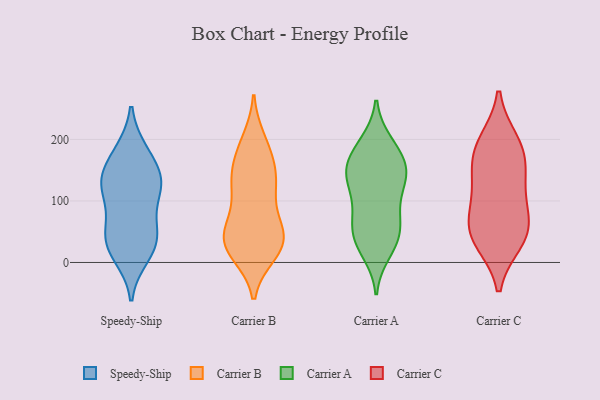
{"axis": {"x": "Energy Usage (MWh)", "y": "Value"}, "legend": ["Carrier A", "Carrier B", "Carrier C", "Speedy-Ship"], "data": [{"x": "", "y": 135, "type": "Speedy-Ship"}, {"x": "", "y": 23, "type": "Speedy-Ship"}, {"x": "", "y": 179, "type": "Speedy-Ship"}, {"x": "", "y": 144, "type": "Speedy-Ship"}, {"x": "", "y": 28, "type": "Speedy-Ship"}, {"x": "", "y": 52, "type": "Speedy-Ship"}, {"x": "", "y": 127, "type": "Speedy-Ship"}, {"x": "", "y": 11, "type": "Speedy-Ship"}, {"x": "", "y": 119, "type": "Speedy-Ship"}, {"x": "", "y": 180, "type": "Speedy-Ship"}, {"x": "", "y": 132, "type": "Speedy-Ship"}, {"x": "", "y": 104, "type": "Speedy-Ship"}, {"x": "", "y": 60, "type": "Speedy-Ship"}, {"x": "", "y": 42, "type": "Speedy-Ship"}, {"x": "", "y": 136, "type": "Carrier B"}, {"x": "", "y": 60, "type": "Carrier B"}, {"x": "", "y": 115, "type": "Carrier B"}, {"x": "", "y": 115, "type": "Carrier B"}, {"x": "", "y": 24, "type": "Carrier B"}, {"x": "", "y": 21, "type": "Carrier B"}, {"x": "", "y": 192, "type": "Carrier B"}, {"x": "", "y": 52, "type": "Carrier B"}, {"x": "", "y": 51, "type": "Carrier B"}, {"x": "", "y": 172, "type": "Carrier B"}, {"x": "", "y": 198, "type": "Carrier B"}, {"x": "", "y": 30, "type": "Carrier B"}, {"x": "", "y": 157, "type": "Carrier B"}, {"x": "", "y": 15, "type": "Carrier B"}, {"x": "", "y": 39, "type": "Carrier B"}, {"x": "", "y": 144, "type": "Carrier B"}, {"x": "", "y": 22, "type": "Carrier B"}, {"x": "", "y": 57, "type": "Carrier B"}, {"x": "", "y": 120, "type": "Carrier B"}, {"x": "", "y": 16, "type": "Carrier A"}, {"x": "", "y": 39, "type": "Carrier A"}, {"x": "", "y": 77, "type": "Carrier A"}, {"x": "", "y": 56, "type": "Carrier A"}, {"x": "", "y": 195, "type": "Carrier A"}, {"x": "", "y": 195, "type": "Carrier A"}, {"x": "", "y": 158, "type": "Carrier A"}, {"x": "", "y": 146, "type": "Carrier A"}, {"x": "", "y": 27, "type": "Carrier A"}, {"x": "", "y": 170, "type": "Carrier A"}, {"x": "", "y": 128, "type": "Carrier A"}, {"x": "", "y": 123, "type": "Carrier A"}, {"x": "", "y": 34, "type": "Carrier A"}, {"x": "", "y": 176, "type": "Carrier A"}, {"x": "", "y": 69, "type": "Carrier A"}, {"x": "", "y": 147, "type": "Carrier A"}, {"x": "", "y": 133, "type": "Carrier A"}, {"x": "", "y": 63, "type": "Carrier A"}, {"x": "", "y": 149, "type": "Carrier A"}, {"x": "", "y": 100, "type": "Carrier A"}, {"x": "", "y": 122, "type": "Carrier C"}, {"x": "", "y": 172, "type": "Carrier C"}, {"x": "", "y": 187, "type": "Carrier C"}, {"x": "", "y": 43, "type": "Carrier C"}, {"x": "", "y": 57, "type": "Carrier C"}, {"x": "", "y": 144, "type": "Carrier C"}, {"x": "", "y": 54, "type": "Carrier C"}, {"x": "", "y": 36, "type": "Carrier C"}, {"x": "", "y": 195, "type": "Carrier C"}, {"x": "", "y": 93, "type": "Carrier C"}]}